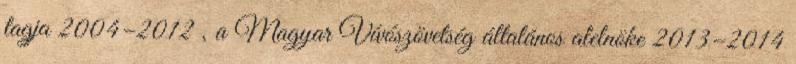
tagja 2004–2012 , a Magyar Vívószövetség általános alelnöke 2013–2014